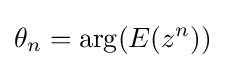
\theta _{n}=\arg(E(z^{n}))